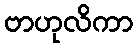
ဗာဟုလိကာ